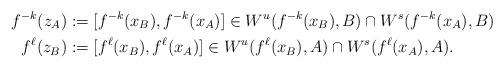
LaTeX: \begin{align*}f^{-k}(z_A)&:=[f^{-k}(x_B),f^{-k}(x_A)]\in W^u(f^{-k}(x_B),B)\cap W^s(f^{-k}(x_A),B)\\f^{\ell}(z_B)&:=[f^{\ell}(x_B),f^{\ell}(x_A)]\in W^u(f^{\ell}(x_B),A)\cap W^s(f^{\ell}(x_A),A).\end{align*}